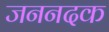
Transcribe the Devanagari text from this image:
जननदक